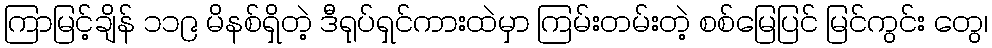
ကြာမြင့်ချိန် ၁၁၉ မိနစ်ရှိတဲ့ ဒီရုပ်ရှင်ကားထဲမှာ ကြမ်းတမ်းတဲ့ စစ်မြေပြင် မြင်ကွင်း တွေ၊